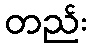
တည်း